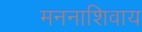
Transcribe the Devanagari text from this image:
मननाशिवाय